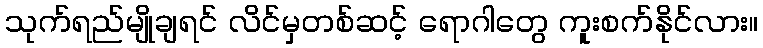
သုက်ရည်မျိုချရင် လိင်မှတစ်ဆင့် ရောဂါတွေ ကူးစက်နိုင်လား။